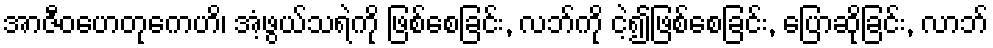
အာဇီဝဟေတုကေဟိ၊ အံ့ဖွယ်သရဲကို ဖြစ်စေခြင်း, လဘ်ကို ငဲ့၍ဖြစ်စေခြင်း, ပြောဆိုခြင်း, လာဘ်